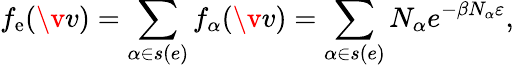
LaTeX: f_{\mathrm{e}}(\v{v})=\sum_{\alpha\in s(e)}f_{\alpha}(\v{v})=\sum_{\alpha\in s(e)}N_{\alpha}e^{-\beta N_{\alpha}\varepsilon},